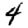
Digit: 4